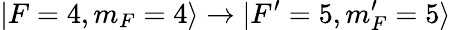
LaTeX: \vert F=4,m_{F}=4\rangle\rightarrow\vert F^{\prime}=5,m_{F}^{\prime}=5\rangle